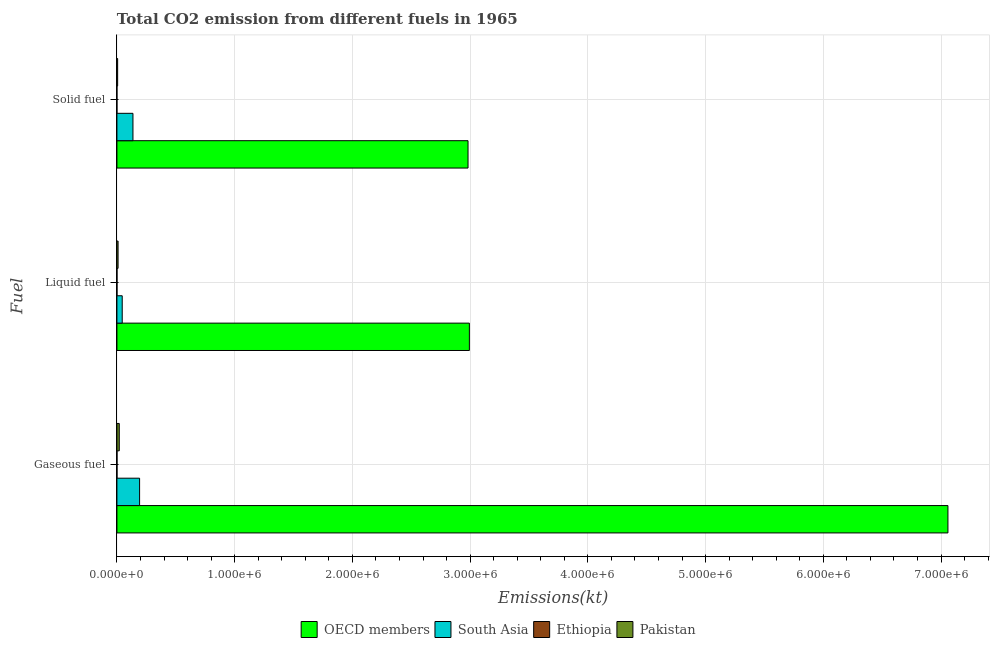
| Fuel | OECD members | South Asia | Ethiopia | Pakistan |
 | --- | --- | --- | --- | --- |
 | Gaseous fuel | 7.06e+06 | 1.93e+05 | 645 | 2e+04 |
 | Liquid fuel | 2.99e+06 | 4.5e+04 | 576 | 9.79e+03 |
 | Solid fuel | 2.98e+06 | 1.36e+05 | 25.7 | 6.17e+03 |